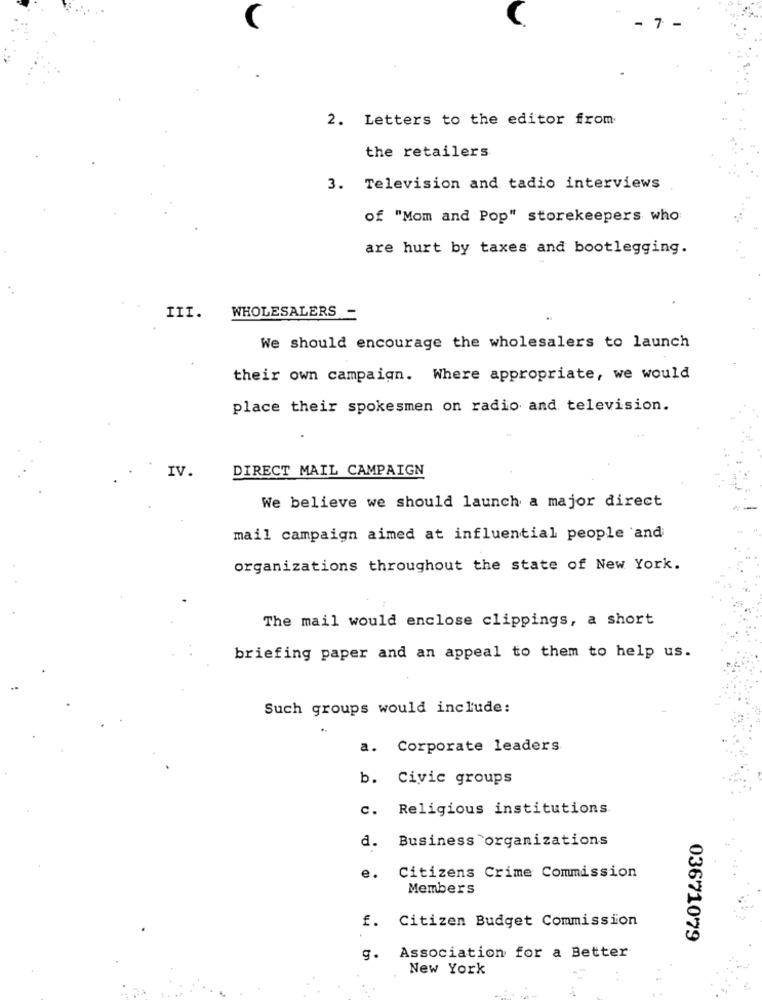
2. Letters to the editor from
the retailers
3. Television and tadio interviews
of "Mom and Pop" storekeepers who
are hurt by taxes and bootlegging.
WHOLESALERS -
III.
We should encourage the wholesalers to launch
their own campaign. Where appropriate, we would
place their spokesmen on radio and television.
IV.
DIRECT MAIL CAMPAIGN
We believe we should launch a major direct
mail campaign aimed at influential people and
organizations throughout the state of New York.
The mail would enclose clippings, a short
briefing paper and an appeal to them to help us.
Such groups would include:
a. Corporate leaders
b. Civic groups
c. Religious institutions
d. Business organizations
e.
Citizens Crime Commission
Members
f. Citizen Budget Commission
03671079
g. Association for a Better
New York